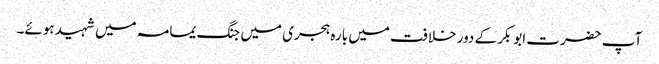
آپ حضرت ابوبکر کے دور خلافت میں بارہ ہجری میں جنگ یمامہ میں شہید ہوئے۔